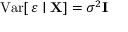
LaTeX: \operatorname { V a r } [ \, { \boldsymbol { \varepsilon } } \mid \mathbf { X } ] = \sigma ^ { 2 } \mathbf { I }